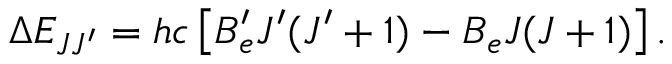
\Delta E _ { J J ^ { \prime } } = h c \left[ B _ { e } ^ { \prime } J ^ { \prime } ( J ^ { \prime } + 1 ) - B _ { e } J ( J + 1 ) \right] .